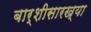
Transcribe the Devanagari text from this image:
बार्शीसारख्या